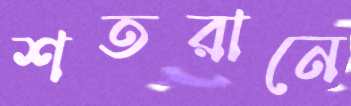
শতরানে